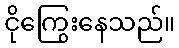
ငိုကြွေးနေသည်။